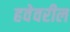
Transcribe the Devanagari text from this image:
हवेवरील